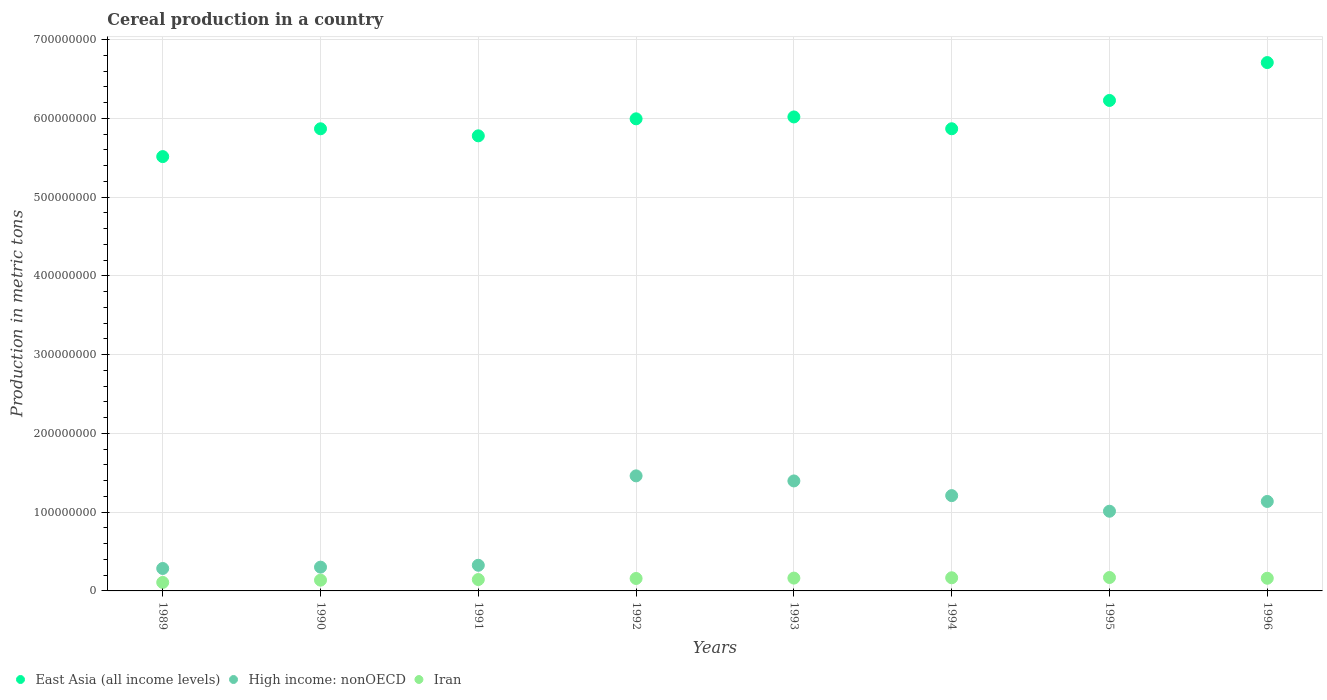
| Years | East Asia (all income levels) | High income: nonOECD | Iran |
 | --- | --- | --- | --- |
 | 1989 | 5.52e+08 | 2.85e+07 | 1.08e+07 |
 | 1990 | 5.87e+08 | 3.02e+07 | 1.37e+07 |
 | 1991 | 5.78e+08 | 3.26e+07 | 1.44e+07 |
 | 1992 | 6e+08 | 1.46e+08 | 1.58e+07 |
 | 1993 | 6.02e+08 | 1.4e+08 | 1.63e+07 |
 | 1994 | 5.87e+08 | 1.21e+08 | 1.67e+07 |
 | 1995 | 6.23e+08 | 1.01e+08 | 1.7e+07 |
 | 1996 | 6.71e+08 | 1.14e+08 | 1.61e+07 |